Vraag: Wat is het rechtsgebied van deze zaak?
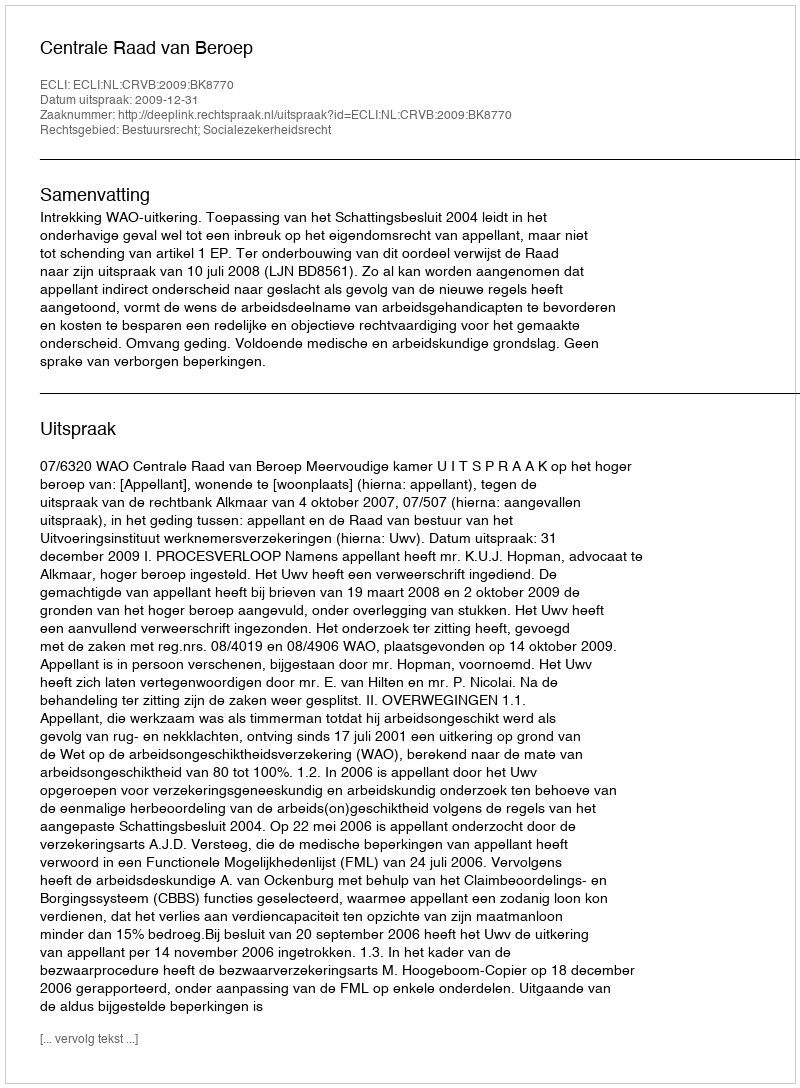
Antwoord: Bestuursrecht; Socialezekerheidsrecht